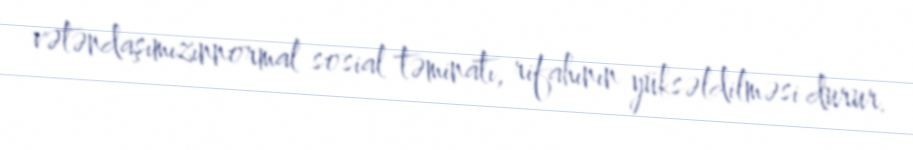
vətəndaşımızınnormal sosial təminatı, rifahının yüksəldilməsi durur.